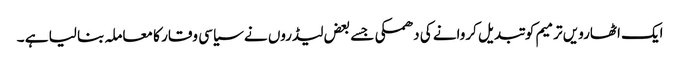
ایک اٹھارویں ترمیم کو تبدیل کروانے کی دھمکی جسے بعض لیڈروں نے سیاسی وقار کا معاملہ بنا لیا ہے ۔